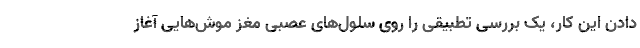
دادن این کار، یک بررسی تطبیقی را روی سلول‌های عصبی مغز موش‌هایی آغاز